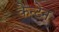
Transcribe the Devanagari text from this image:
कैन्टेन